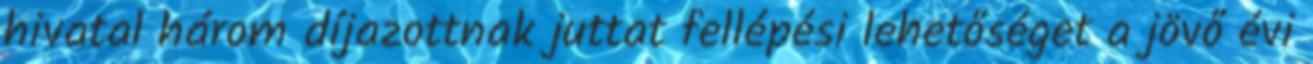
hivatal három díjazottnak juttat fellépési lehetőséget a jövő évi